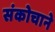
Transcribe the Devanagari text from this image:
संकोचाने